Indian journal of veterinary science and animal husbandry - Volume 7,
Year: 1937
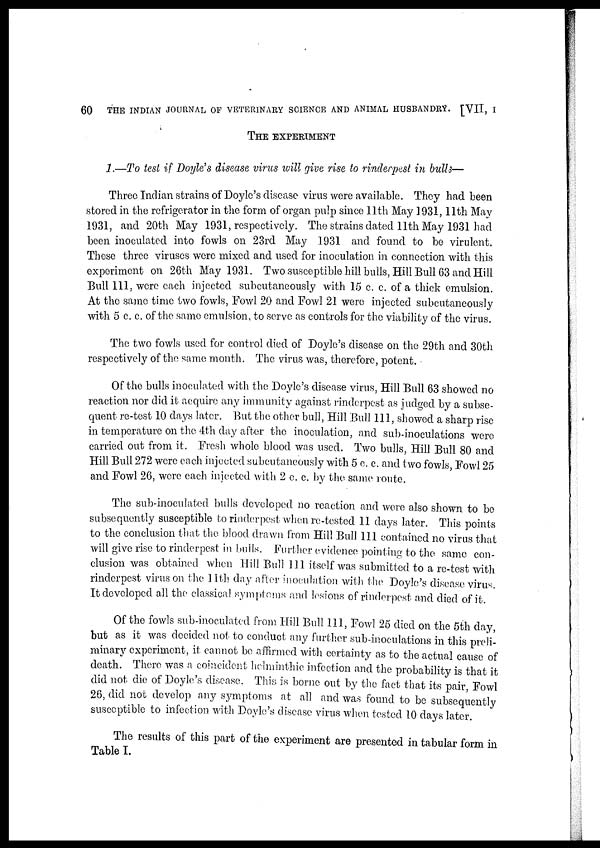
60
THE INDIAN JOURNAL OF VETERINARY SCIENCE AND ANIMAL HUSBANDRY. [VII, I
THE EXPERIMENT
1.—To test if Doyle's disease virus will give rise to rinderpest in bulls—
Three Indian strains of Doyle's disease virus were available. They had been
stored in the refrigerator in the form of organ pulp since 11th May 1931, 11th May
1931, and 20th May 1931, respectively. The strains dated 11th May 1931 had
been inoculated into fowls on 23rd May 1931 and found to be virulent.
These three viruses were mixed and used for inoculation in connection with this
experiment on 26th May 1931. Two susceptible hill bulls, Hill Bull 63 and Hill
Bull 111, were each injected subcutaneously with 15 c. c. of a thick emulsion.
At the same time two fowls, Fowl 20 and Fowl 21 were injected subcutaneously
with 5 c. c. of the same emulsion, to serve as controls for the viability of the virus.
The two fowls used for control died of Doyle's disease on the 29th and 30th
respectively of the same month. The virus was, therefore, potent.
Of the bulls inoculated with the Doyle's disease virus, Hill Bull 63 showed no
reaction nor did it acquire any immunity against rinderpest as judged by a subse-
quent re-test 10 days later. But the other bull, Hill Bull 111, showed a sharp rise
in temperature on the 4th day after the inoculation, and sub-inoculations were
carried out from it. Fresh whole blood was used. Two bulls, Hill Bull 80 and
Hill Bull 272 were each injected subcutaneously with 5 c. c. and two fowls, Fowl 25
and Fowl 26, were each injected with 2 c. c. by the same route.
The sub-inoculated bulls developed no reaction and were also shown to be
subsequently susceptible to rinderpest when re-tested 11 days later. This points
to the conclusion that the blood drawn from Hill Bull 111 contained no virus that
will give rise to rinderpest in bulls. Further evidence pointing to the same con-
clusion was obtained when Hill Bull 111 itself was submitted to a re-test with
rinderpest virus on the 11th day after Inoculation with the Doyle's disease virus.
It developed all the classical symptoms and lesions of rinderpest and died of it.
Of the fowls sub-inoculated from Hill Bull 111, Fowl 25 died on the 5th day
but as it was decided not to conduct any further sub-inoculations in this preli-
minary experiment, it cannot be affirmed with certainty as to the actual cause of
death. There was a coincident helminthic infection and the probability is that it
did not die of Doyle's disease. This is borne out by the fact that its pair, Fowl
26, did not develop any symptoms at all and was found to be subsequently
susceptible to infection with Doyle's disease virus when tested 10 days later.
The results of this part of the experiment are presented in tabular form in
Table I.